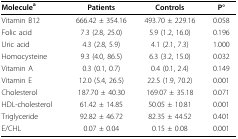
<table><thead><tr><td><b>Molecule<sup>a</sup></b></td><td><b>Patients</b></td><td><b>Controls</b></td><td><b>P°</b></td></tr></thead><tbody><tr><td>Vitamin B12</td><td>666.42 ± 354.16</td><td>493.70 ± 229.16</td><td>0.058</td></tr><tr><td>Folic acid</td><td>7.3 (2.8, 25.0)</td><td>5.9 (1.2, 16.0)</td><td>0.196</td></tr><tr><td>Uric acid</td><td>4.3 (2.8, 5.9)</td><td>4.1 (2.1, 7.3)</td><td>1.000</td></tr><tr><td>Homocysteine</td><td>9.3 (4.0, 86.5)</td><td>6.3 (3.2, 15.0)</td><td>0.032</td></tr><tr><td>Vitamin A</td><td>0.3 (0.1, 0.7)</td><td>0.4 (0.1, 2.4)</td><td>0.149</td></tr><tr><td>Vitamin E</td><td>12.0 (5.4, 26.5)</td><td>22.5 (1.9, 70.2)</td><td>0.001</td></tr><tr><td>Cholesterol</td><td>187.70 ± 40.30</td><td>169.07 ± 35.18</td><td>0.071</td></tr><tr><td>HDL-cholesterol</td><td>61.42 ± 14.85</td><td>50.05 ± 10.81</td><td>0.001</td></tr><tr><td>Triglyceride</td><td>92.82 ± 46.72</td><td>82.35 ± 44.52</td><td>0.401</td></tr><tr><td>E/CHL</td><td>0.07 ± 0.04</td><td>0.15 ± 0.08</td><td>0.001</td></tr></tbody></table>